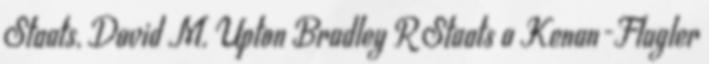
Staats, David M. Upton Bradley R Staats a Kenan-Flagler